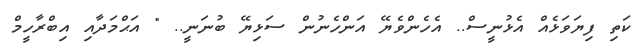
ކަތި ފިޔަވަޅެއް އެޅުނީސް.. އެހެންވެޔޭ އަންހެނުން ސަޅިޔޭ ބުނަނީ.. " އަޙްމަދާއި އިބްރާހީމް